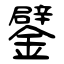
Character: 鐾